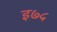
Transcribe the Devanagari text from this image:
इ७५